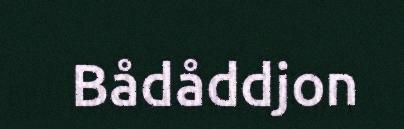
Bådåddjon